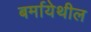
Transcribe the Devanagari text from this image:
बर्मायेथील